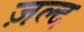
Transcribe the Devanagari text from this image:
ज़ल्द